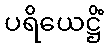
ပရိယေဋ္ဌိံ